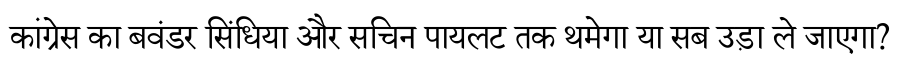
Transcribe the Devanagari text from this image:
कांग्रेस का बवंडर सिंधिया और सचिन पायलट तक थमेगा या सब उड़ा ले जाएगा?